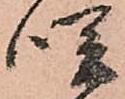
咲